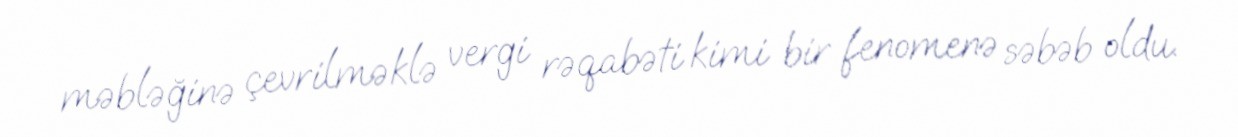
məbləğinə çevrilməklə vergi rəqabəti kimi bir fenomenə səbəb oldu.